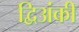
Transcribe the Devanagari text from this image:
द्विअंकी